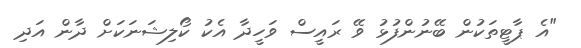
"އެ ޕާޓީތަކުން ބޭނުންފުޅު ވޭ ރައީސް ވަހީދާ އެކު ކޯލިޝަނަކަށް ދާން އަދި